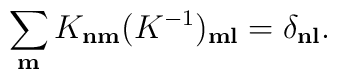
\sum_{\bf m}  K_{\bf n \bf m } (K^{-1})_{\bf m \bf l } = \delta_{\bf n \bf l }.